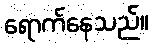
ရောက်နေသည်။